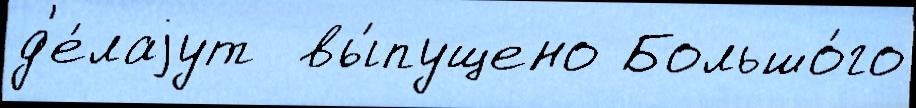
д'е́лаjут  вы́пущено Большо́го